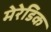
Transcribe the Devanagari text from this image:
मेरेडिक